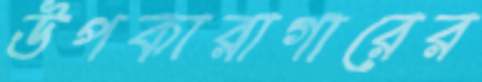
উপকারাগারের